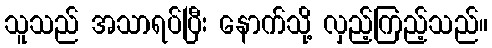
သူသည် အသာရပ်ပြီး နောက်သို့ လှည့်ကြည့်သည်။